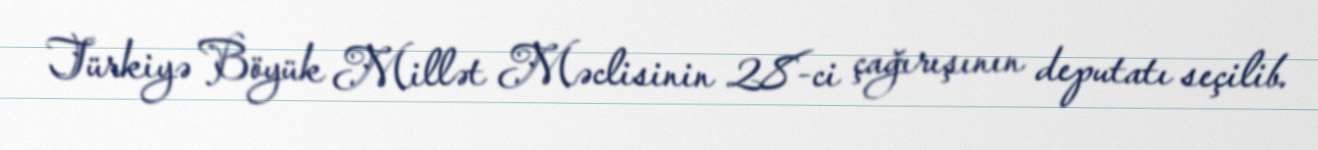
Türkiyə Böyük Millət Məclisinin 28-ci çağırışının deputatı seçilib.